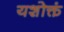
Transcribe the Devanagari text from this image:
यशोक्तं